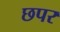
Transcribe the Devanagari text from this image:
छपर